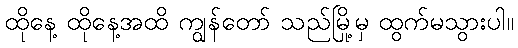
ထိုနေ့ ထိုနေ့အထိ ကျွန်တော် သည်မြို့မှ ထွက်မသွားပါ။